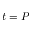
t = P